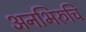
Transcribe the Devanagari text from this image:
अनभिरुचि